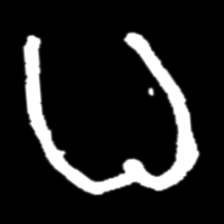
Pyu character \u2014 Myanmar letter: ဓ (romanized: dha)